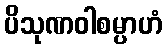
ပိသုဏဝါစမ္ပာဟံ